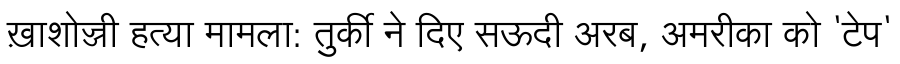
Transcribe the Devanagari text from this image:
ख़ाशोज्जी हत्या मामला: तुर्की ने दिए सऊदी अरब, अमरीका को 'टेप'